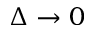
\Delta \rightarrow 0